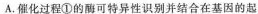
A.催化过程①的酶可特异性识别并结合在基因的起